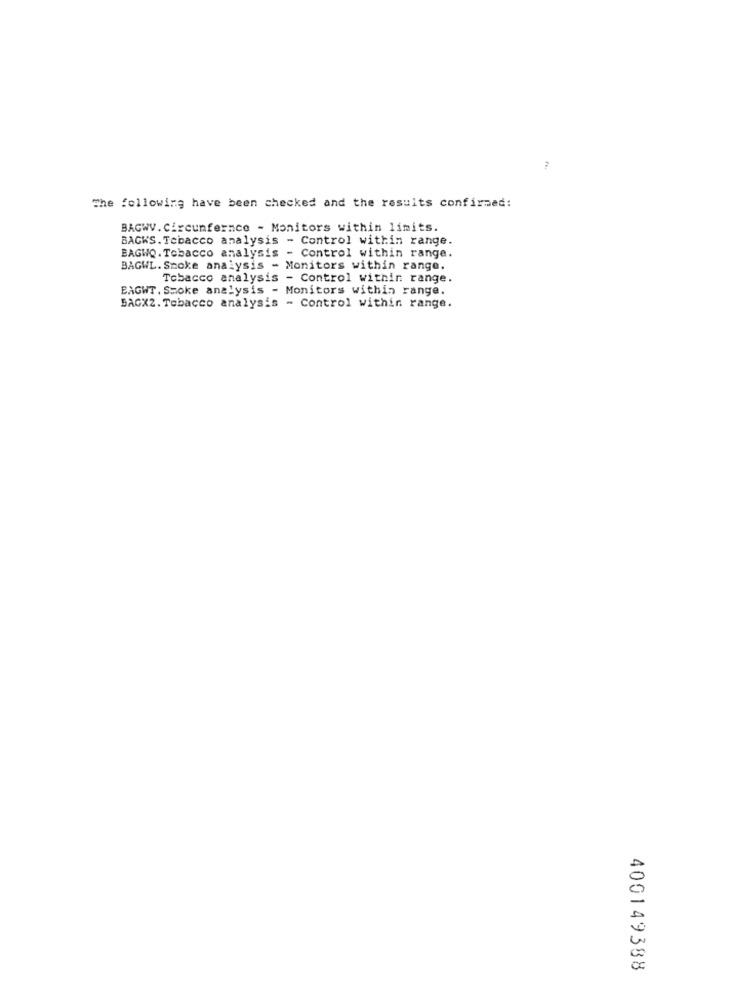
Pe:
The following have been checked and the results confirmed:
BAGWV. Circunfernce - Monitors within limits.
BACKS. Tebacco analysis - Control within range.
BAGWQ. Tobacco analysis - Control within range.
BAGWL. Stoke analysis - Monitors within range.
Tobacco analysis - Control within range.
BAGWT. Smoke analysis - Monitors within range.
BAGX2. Tobacco analysis - Control within range.
400149388